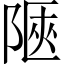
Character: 陿